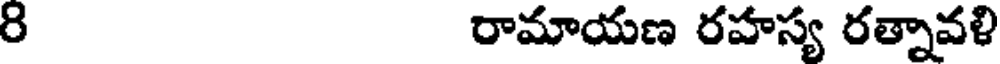
8 రామాయణ రహస్య రత్నావళి